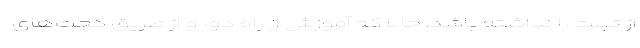
از تبلت را نداشته باشد. حالا که آموزش از راه دور و از طریق گجت‌های